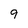
Character: 9